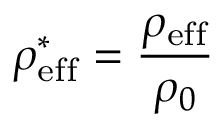
\rho _ { \mathrm { e f f } } ^ { * } = \frac { \rho _ { \mathrm { e f f } } } { \rho _ { 0 } }